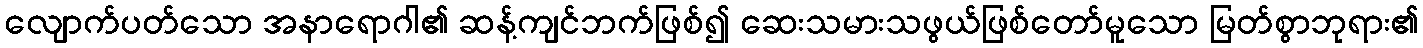
လျောက်ပတ်သော အနာရောဂါ၏ ဆန့်ကျင်ဘက်ဖြစ်၍ ဆေးသမားသဖွယ်ဖြစ်တော်မူသော မြတ်စွာဘုရား၏